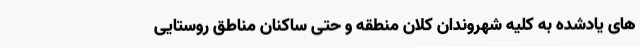
های یادشده به کلیه شهروندان کلان منطقه و حتی ساکنان مناطق روستایی